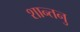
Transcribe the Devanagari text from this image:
शान्‍तनु